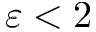
\varepsilon < 2